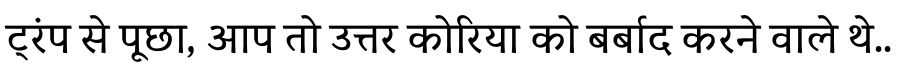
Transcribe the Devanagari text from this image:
ट्रंप से पूछा, आप तो उत्तर कोरिया को बर्बाद करने वाले थे..